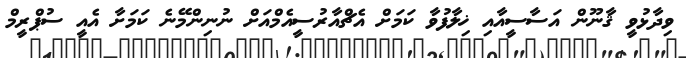
ވިދާޅުވީ ޤާނޫން އަސާސީއާއި ޚިލާފުވާ ކަމަށް އެޗްއާރުސީއެމްއަށް ނުނިންމޭނެ ކަމަށާ އެއީ ސުޕްރީމް